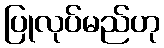
ပြုလုပ်မည်ဟု